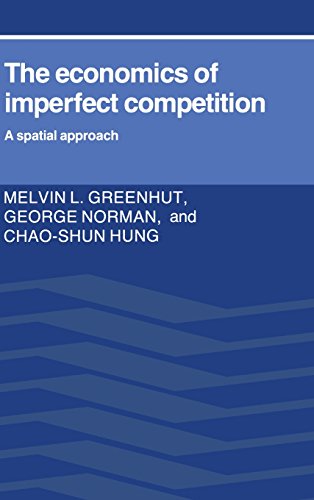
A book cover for The Economics of Imperfect Competition: A Spatial Approach; Melvin L. Greenhut; Business & Money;